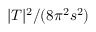
| T | ^ { 2 } / ( 8 \pi ^ { 2 } s ^ { 2 } )